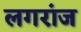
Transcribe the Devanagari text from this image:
लगरांज